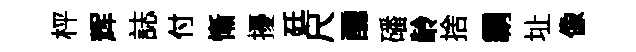
枰辉誌付慚擾廷尺醺磻龄捨霸址像